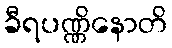
ခီရပဏ္ဏိနောတိ